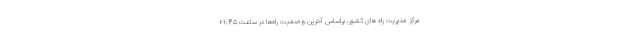
مرکز مدیریت راه های کشور، براساس آخرین وضعیت راه‌ها در ساعت ۲۱:۴۵